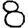
Digit: 8